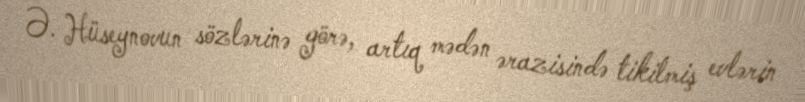
Ə. Hüseynovun sözlərinə görə, artıq mədən ərazisində tikilmiş evlərin